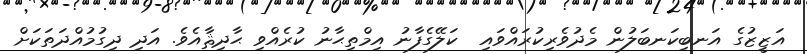
އަޒީޒުގެ އަނބިކަނބަލުން މެދުވެރިކުރައްވައި  ކަލޭގެފާނު އިމްތިޙާނު ކުރެއްވި ޙާދިޘާއެވެ. އަދި ދިގުމުއްދަތަކަށް